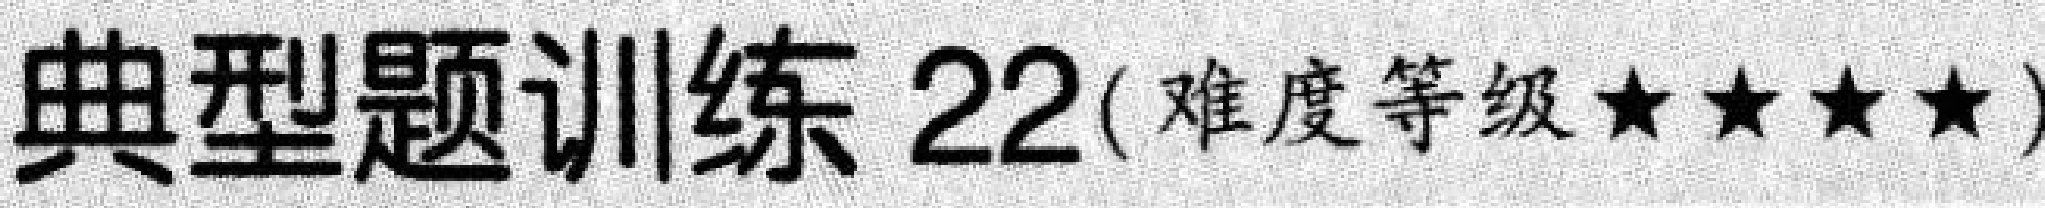
典型题训练 22(难度等级★★★★)